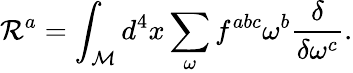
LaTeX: {\cal R}^{a}=\int_{\cal M}d^{4}x\sum_{\omega}f^{abc}\omega^{b}\frac{\delta}{\delta\omega^{c}}.